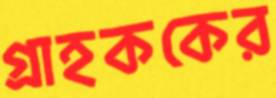
গ্রাহককের